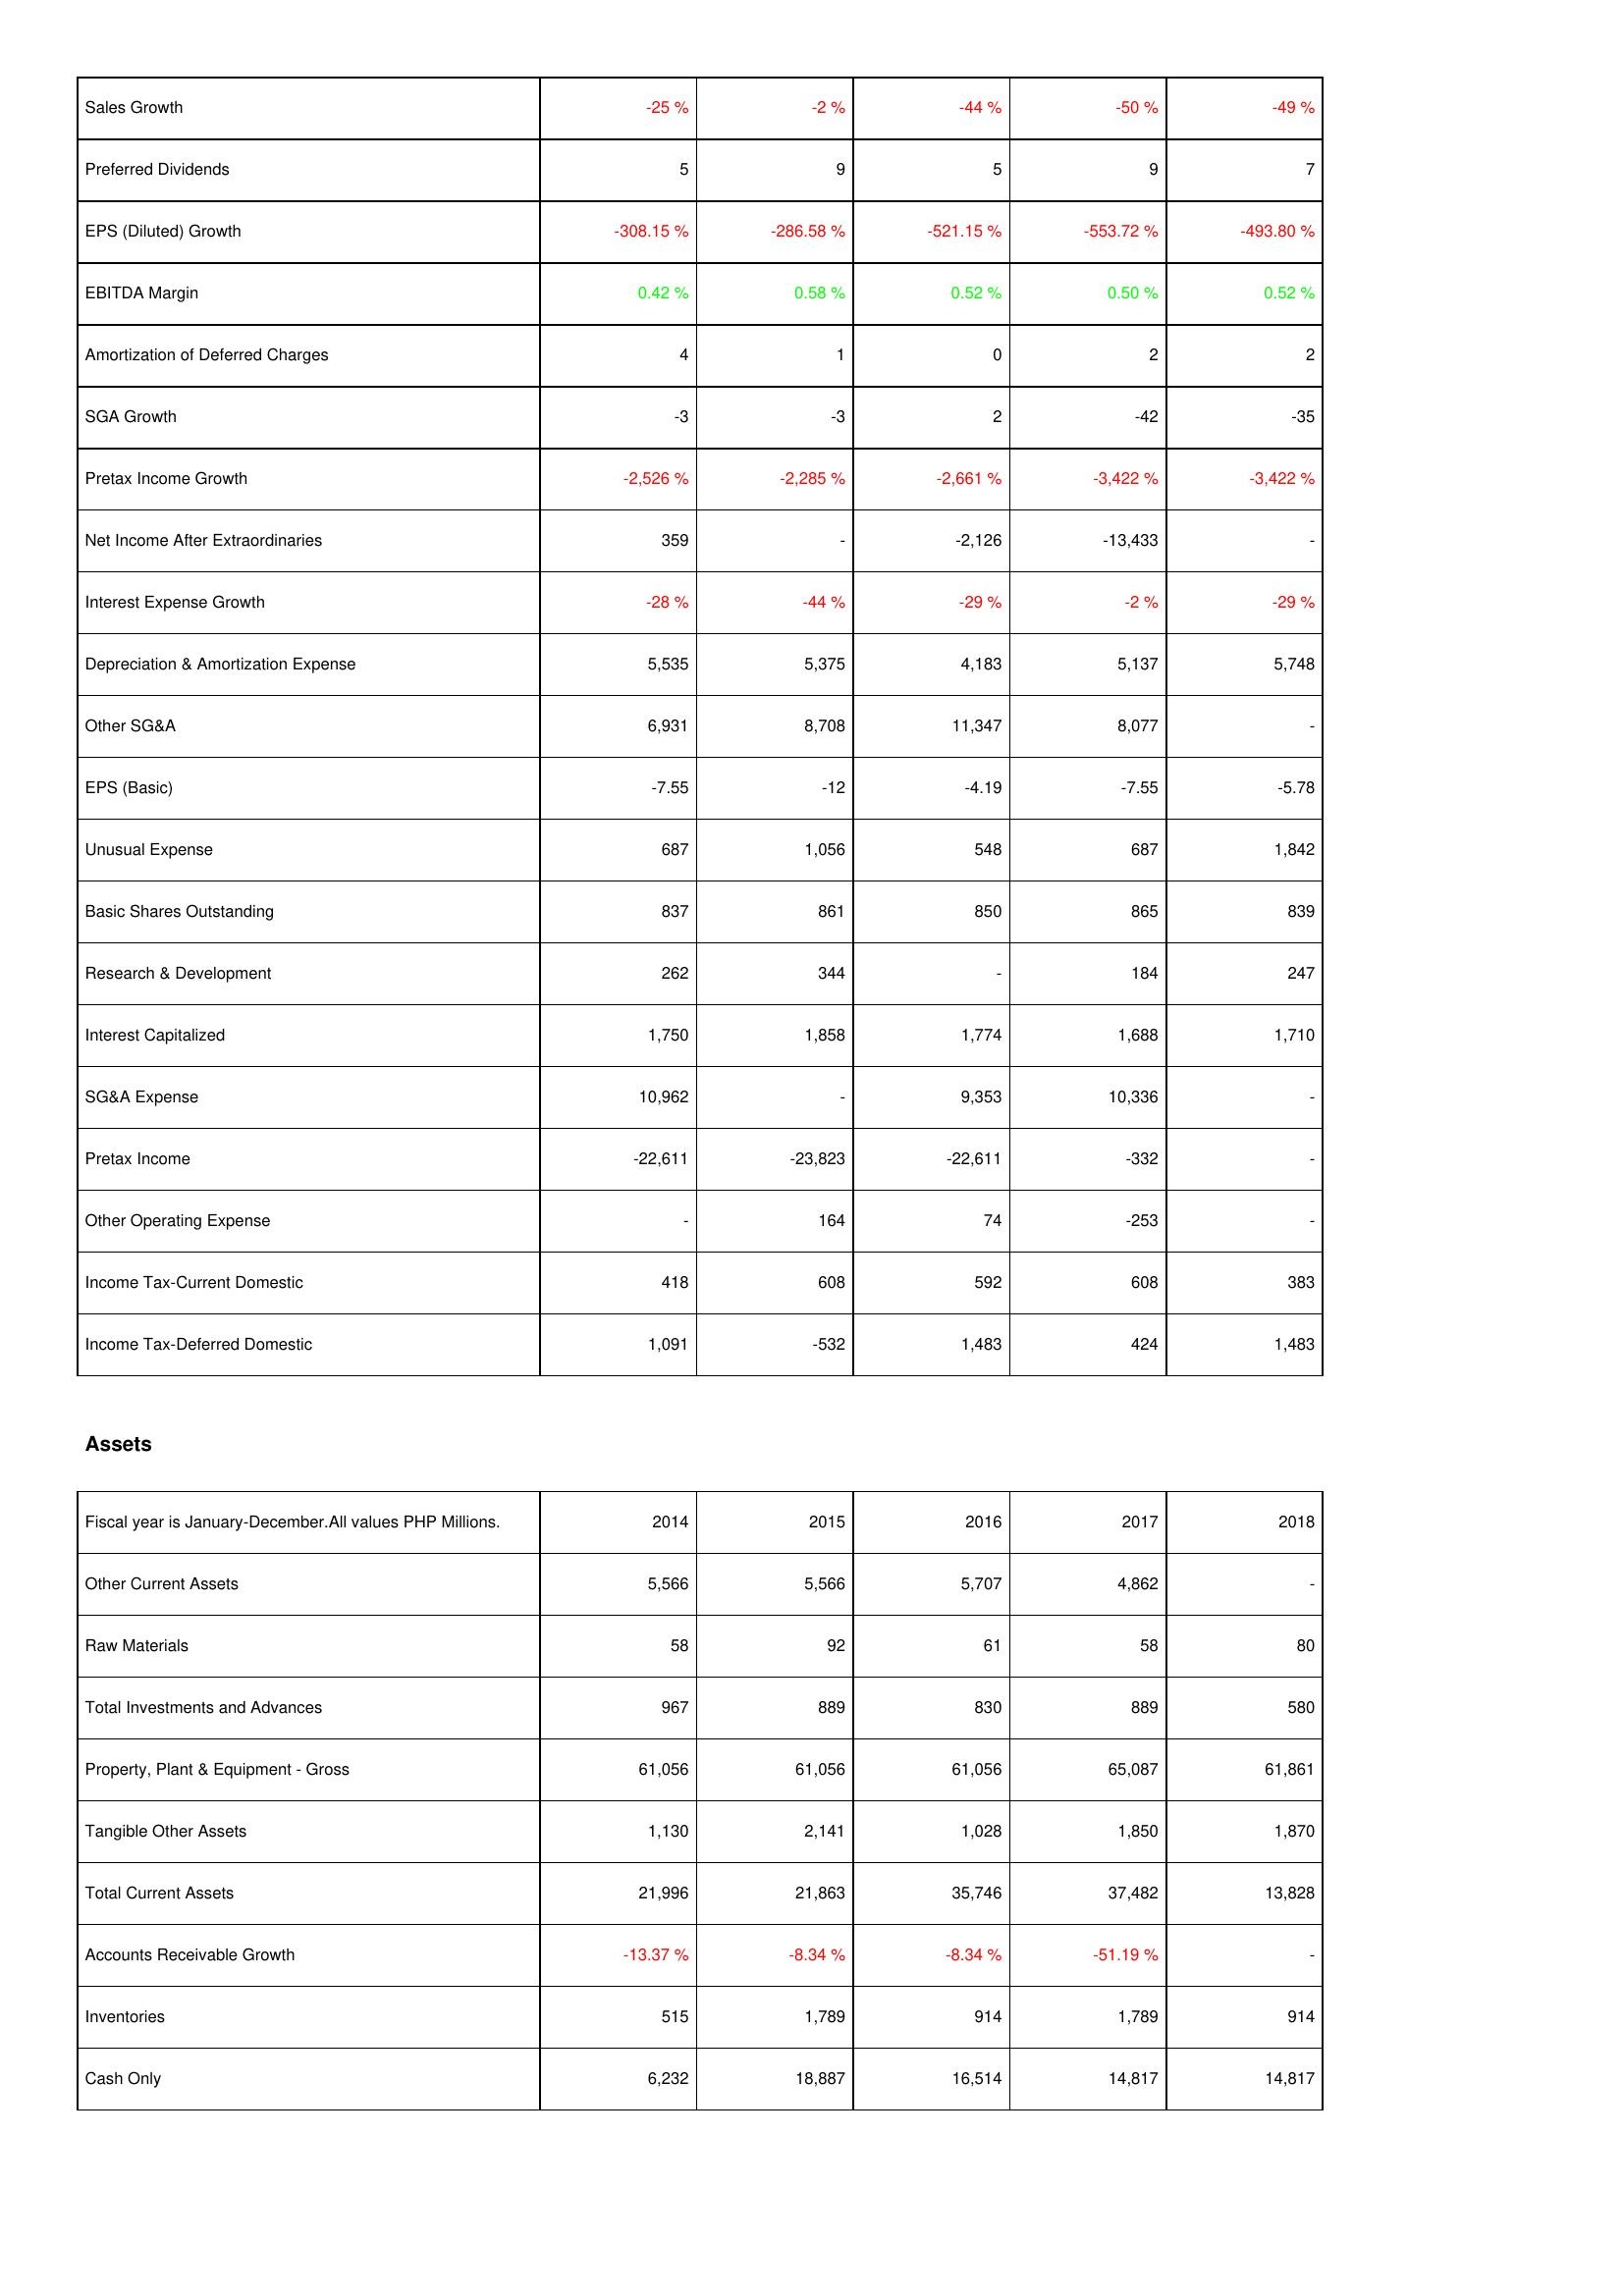
2014: Income Statement: Sales Growth: -25 %
Preferred Dividends: 5
EPS (Diluted) Growth: -308.15 %
EBITDA Margin: 0.42 %
Amortization of Deferred Charges: 4
SGA Growth: -3
Pretax Income Growth: -2,526 %
Net Income After Extraordinaries: 359
Interest Expense Growth: -28 %
Depreciation & Amortization Expense: 5,535
Other SG&A: 6,931
EPS (Basic): -7.55
Unusual Expense: 687
Basic Shares Outstanding: 837
Research & Development: 262
Interest Capitalized: 1,750
SG&A Expense: 10,962
Pretax Income: -22,611
Other Operating Expense: -
Income Tax-Current Domestic: 418
Income Tax-Deferred Domestic: 1,091
Assets: Other Current Assets: 5,566
Raw Materials: 58
Total Investments and Advances: 967
Property, Plant & Equipment - Gross: 61,056
Tangible Other Assets: 1,130
Total Current Assets: 21,996
Accounts Receivable Growth: -13.37 %
Inventories: 515
Cash Only: 6,232
2015: Income Statement: Sales Growth: -2 %
Preferred Dividends: 9
EPS (Diluted) Growth: -286.58 %
EBITDA Margin: 0.58 %
Amortization of Deferred Charges: 1
SGA Growth: -3
Pretax Income Growth: -2,285 %
Net Income After Extraordinaries: -
Interest Expense Growth: -44 %
Depreciation & Amortization Expense: 5,375
Other SG&A: 8,708
EPS (Basic): -12
Unusual Expense: 1,056
Basic Shares Outstanding: 861
Research & Development: 344
Interest Capitalized: 1,858
SG&A Expense: -
Pretax Income: -23,823
Other Operating Expense: 164
Income Tax-Current Domestic: 608
Income Tax-Deferred Domestic: -532
Assets: Other Current Assets: 5,566
Raw Materials: 92
Total Investments and Advances: 889
Property, Plant & Equipment - Gross: 61,056
Tangible Other Assets: 2,141
Total Current Assets: 21,863
Accounts Receivable Growth: -8.34 %
Inventories: 1,789
Cash Only: 18,887
2016: Income Statement: Sales Growth: -44 %
Preferred Dividends: 5
EPS (Diluted) Growth: -521.15 %
EBITDA Margin: 0.52 %
Amortization of Deferred Charges: 0
SGA Growth: 2
Pretax Income Growth: -2,661 %
Net Income After Extraordinaries: -2,126
Interest Expense Growth: -29 %
Depreciation & Amortization Expense: 4,183
Other SG&A: 11,347
EPS (Basic): -4.19
Unusual Expense: 548
Basic Shares Outstanding: 850
Research & Development: -
Interest Capitalized: 1,774
SG&A Expense: 9,353
Pretax Income: -22,611
Other Operating Expense: 74
Income Tax-Current Domestic: 592
Income Tax-Deferred Domestic: 1,483
Assets: Other Current Assets: 5,707
Raw Materials: 61
Total Investments and Advances: 830
Property, Plant & Equipment - Gross: 61,056
Tangible Other Assets: 1,028
Total Current Assets: 35,746
Accounts Receivable Growth: -8.34 %
Inventories: 914
Cash Only: 16,514
2017: Income Statement: Sales Growth: -50 %
Preferred Dividends: 9
EPS (Diluted) Growth: -553.72 %
EBITDA Margin: 0.50 %
Amortization of Deferred Charges: 2
SGA Growth: -42
Pretax Income Growth: -3,422 %
Net Income After Extraordinaries: -13,433
Interest Expense Growth: -2 %
Depreciation & Amortization Expense: 5,137
Other SG&A: 8,077
EPS (Basic): -7.55
Unusual Expense: 687
Basic Shares Outstanding: 865
Research & Development: 184
Interest Capitalized: 1,688
SG&A Expense: 10,336
Pretax Income: -332
Other Operating Expense: -253
Income Tax-Current Domestic: 608
Income Tax-Deferred Domestic: 424
Assets: Other Current Assets: 4,862
Raw Materials: 58
Total Investments and Advances: 889
Property, Plant & Equipment - Gross: 65,087
Tangible Other Assets: 1,850
Total Current Assets: 37,482
Accounts Receivable Growth: -51.19 %
Inventories: 1,789
Cash Only: 14,817
2018: Income Statement: Sales Growth: -49 %
Preferred Dividends: 7
EPS (Diluted) Growth: -493.80 %
EBITDA Margin: 0.52 %
Amortization of Deferred Charges: 2
SGA Growth: -35
Pretax Income Growth: -3,422 %
Net Income After Extraordinaries: -
Interest Expense Growth: -29 %
Depreciation & Amortization Expense: 5,748
Other SG&A: -
EPS (Basic): -5.78
Unusual Expense: 1,842
Basic Shares Outstanding: 839
Research & Development: 247
Interest Capitalized: 1,710
SG&A Expense: -
Pretax Income: -
Other Operating Expense: -
Income Tax-Current Domestic: 383
Income Tax-Deferred Domestic: 1,483
Assets: Other Current Assets: -
Raw Materials: 80
Total Investments and Advances: 580
Property, Plant & Equipment - Gross: 61,861
Tangible Other Assets: 1,870
Total Current Assets: 13,828
Accounts Receivable Growth: -
Inventories: 914
Cash Only: 14,817